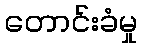
တောင်းခံမှု